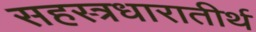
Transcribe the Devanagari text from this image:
सहस्त्रधारातीर्थ